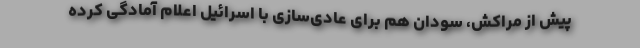
پیش از مراکش، سودان هم برای عادی‌سازی با اسرائیل اعلام آمادگی کرده